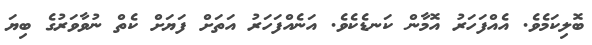
ބޮލިކަމެވެ. އެއްފަހަރު އޮމާން ކަނޑެކެވެ. އަނެއްފަހަރު އަތަށް ފަޔަށް ކެތް ނުވާވަރުގެ ބިޔަ